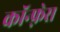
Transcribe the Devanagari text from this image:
कॉन्फ़्रेस